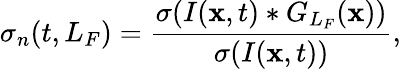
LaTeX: \sigma_{n}(t,L_{F})=\frac{\sigma(I({\mathbf x},t)*G_{L_{F}}({\mathbf x}))}{\sigma(I({\mathbf x},t))},